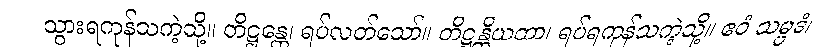
သွားရကုန်သကဲ့သို့။ တိဋ္ဌန္တေ၊ ရပ်လတ်သော်။ တိဋ္ဌန္တိယထာ၊ ရပ်ရကုန်သကဲ့သို့။ ဧဝံ သမ္ပဒံ၊